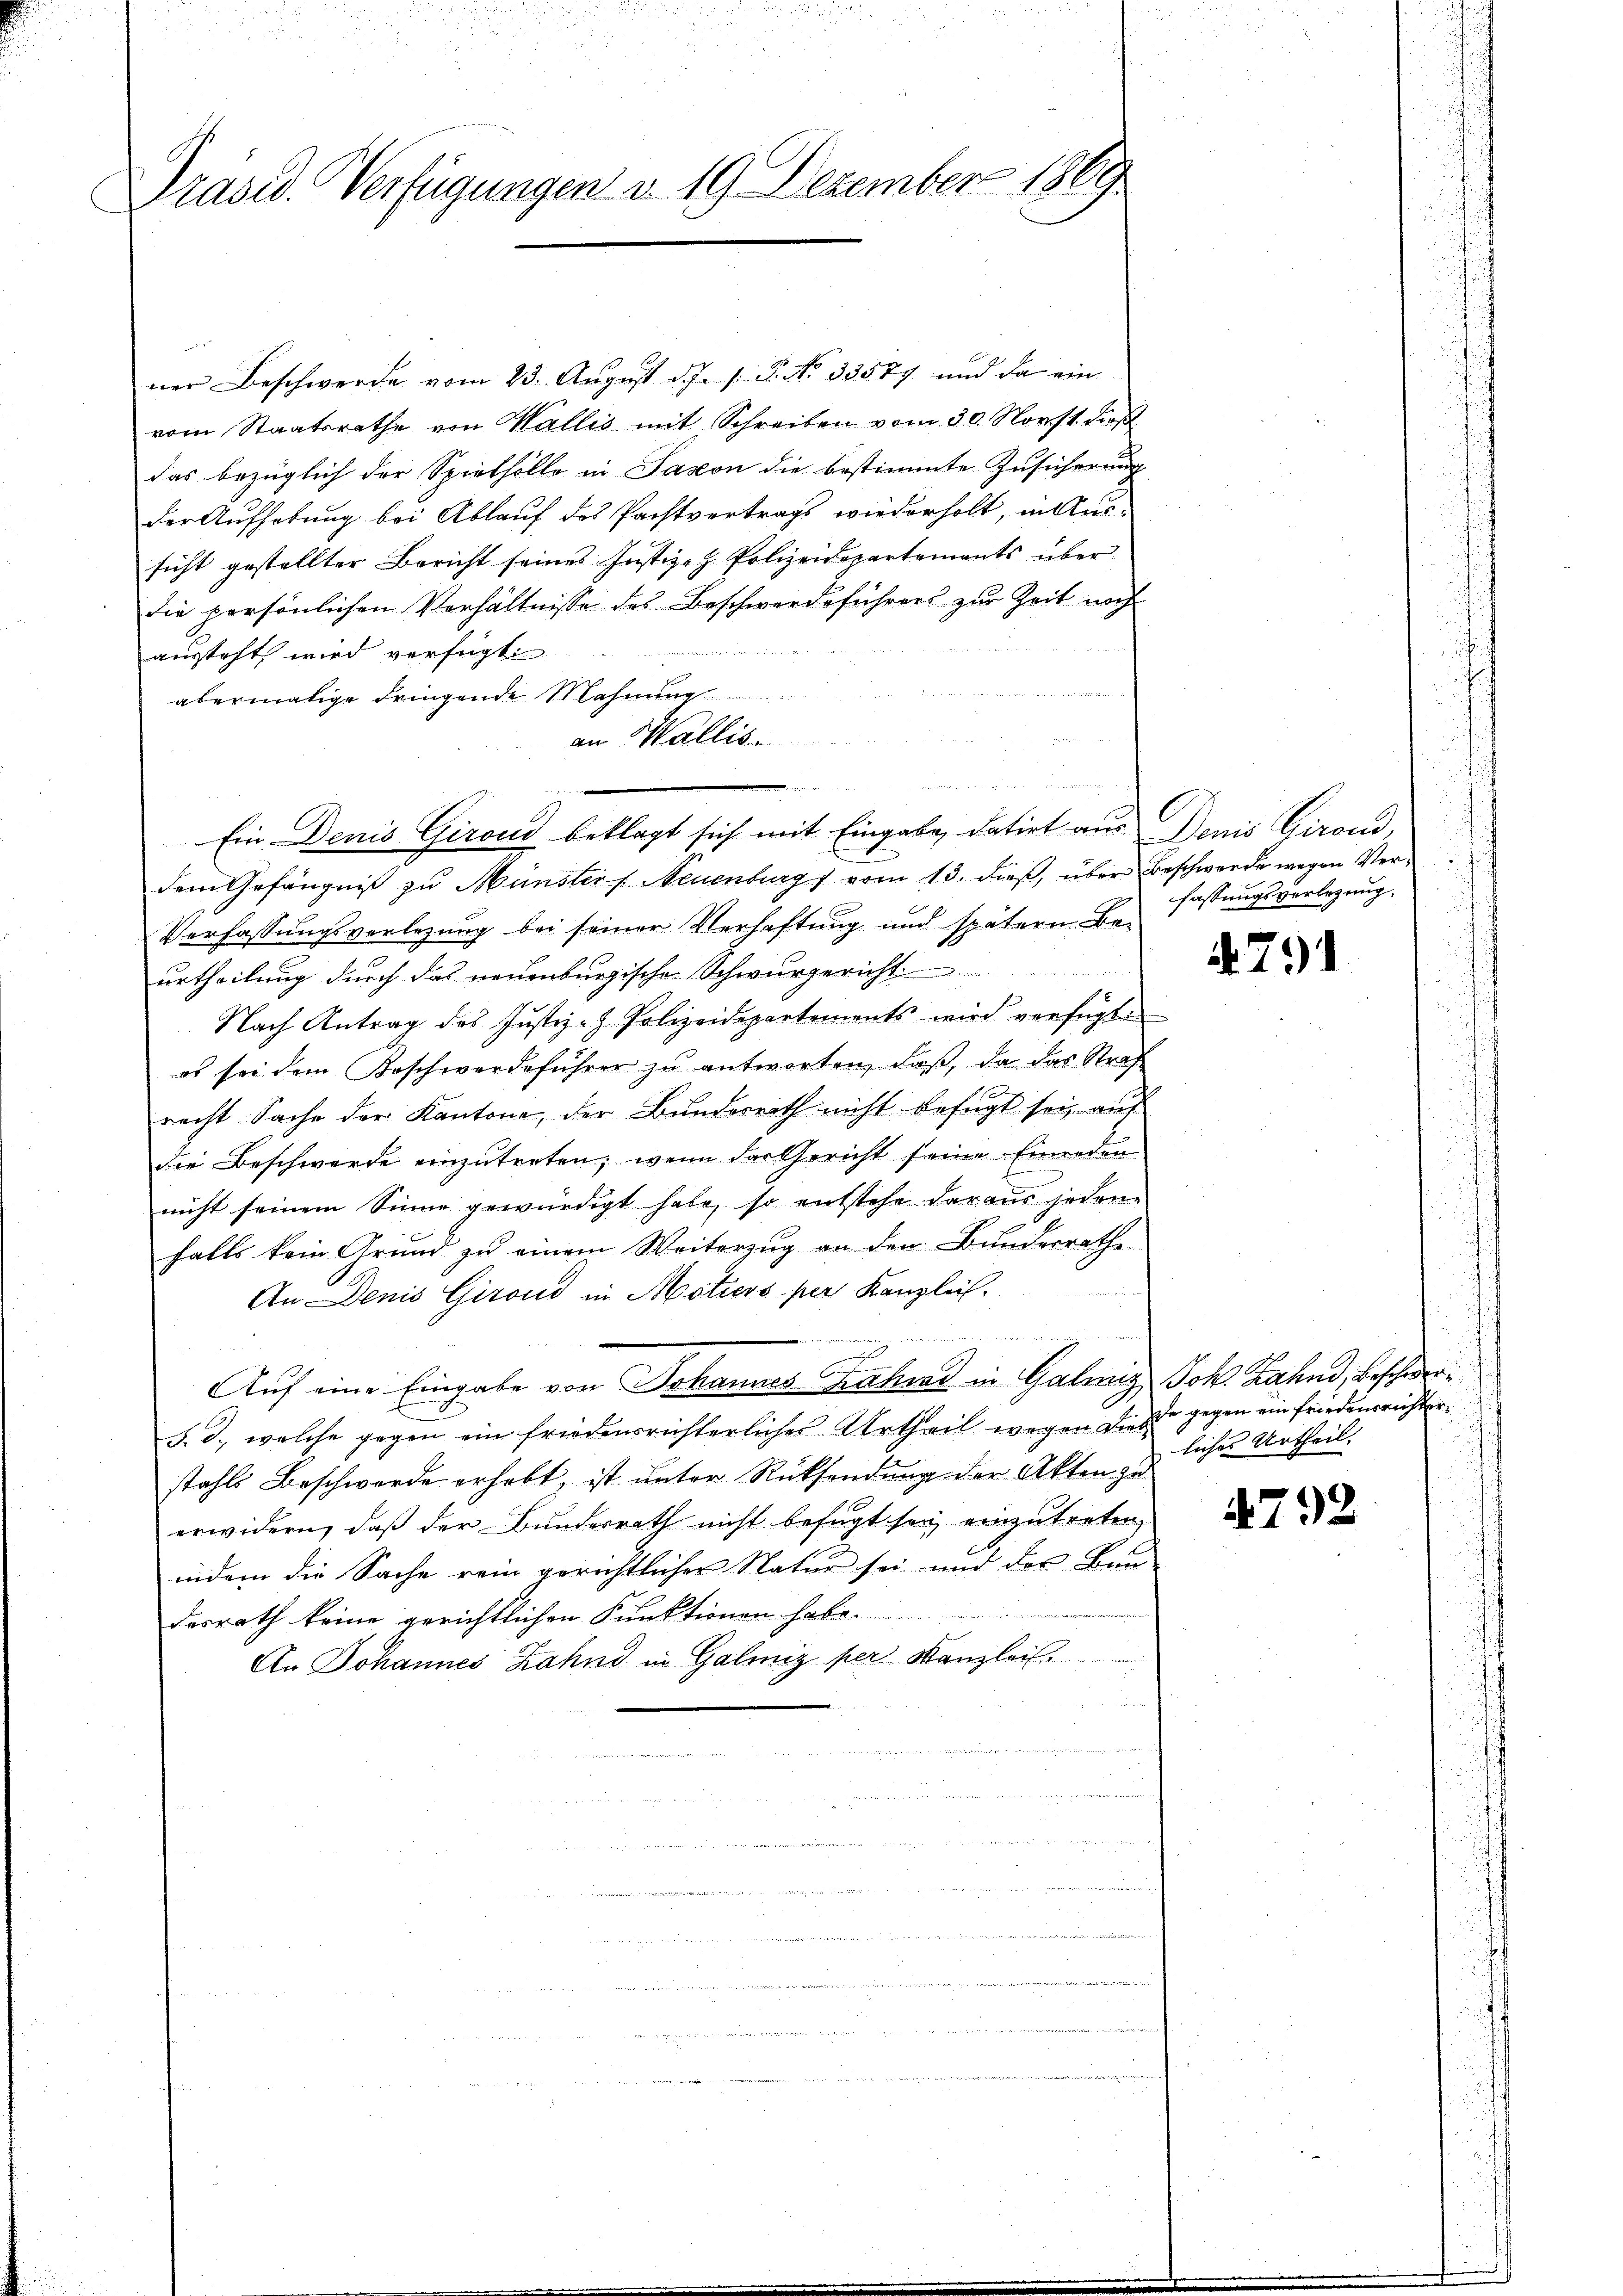
Präsid. Verfügungen d. 19. Dezember 1869

ner Beschwerde vom 23. August d. J. J. P. No 33577 und da ein
vom Staatsrathe von Wallis mit Schreiben vom 30. Norst dieß
das bezüglich der Spielholle in Savon die bestimmte Zusicherung
der Aufhebung bei Ablauf des Pachtvertrags wiederholt, in Aus-
sicht gestellter Bericht seines Justiz- & Polizeidepartements über
die persönlichen Verhältnisse des Beschwerdeführers zur Zeit noch

austeht wird verfügt
abermalige dringende Mahnung
dem Gefängniß zu Münsters Neuenburg vom 13. dieß, über Beschwerde wegen Ver¬
Verfassungsverlegung bei seiner Verhaftung und spätern Be-
urtheilung durch das neuenburgische Schwurgericht
Nach Antrag des Justiz- & Polizeidepartements wird verfügt
es sei dem Kaschwerdeführer zu antworten, daß, da das Straf
recht Sache der Kantone, der Bundesrath nicht befugt sei, auf
E
die Beschwerde einzutreten, wenn der Gericht seine Einreden
nicht seinem Sinne gewürdigt habe, so entstehe daraus jedene
falls kein Grund zu einem Weiterzug an den Bundesrathe
An Denis Giroud in Motiers per Kanzlei.
 . . . .
Auf eine Eingabe von Johannes Fahrs in Galiz, Joh. Zahnd, beschwer¬
§. 3., welche gegen ein friedensrichterliches Urtheil wegen diese gegen ein friedensrichterstahls Beschwerde erhebt, ist unter Rücksendung der Akten zu
erwidern, daß der Bundesrath nicht befugt sey, einzutreten,
indem die Sache rein gerichtlicher Natur sei und des Bau-
desrath keine gerichtlichen Punktionen habe.
An Johannes Zahnd in Galmiz per Kanzlei

an Wallis.

Ein. Denis Girond beklagt sich mit Eingabe, datirt aus Denis Girond,

fassungsverlegung.

791

liches Urtheil.

4792